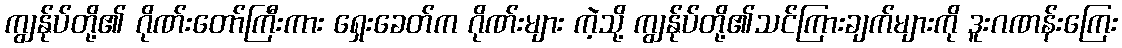
ကျွန်ုပ်တို့၏ ဂိုဏ်းတော်ကြီးကား ရှေးခေတ်က ဂိုဏ်းများ ကဲ့သို့ ကျွန်ုပ်တို့၏သင်ကြားချက်များကို ဒူးဂဏန်းကြေး